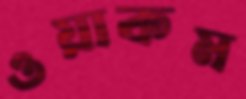
ওয়াকম